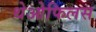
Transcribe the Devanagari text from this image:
थेओफिलस